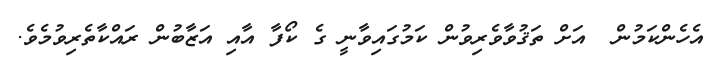
އެހެންކަމުން  އަށް ތަޤުވާވެރިވުން ކަމުގައިވާނީ ގެ ކޯފާ އާއި އަޒާބުން ރައްކާތެރިވުމެވެ.